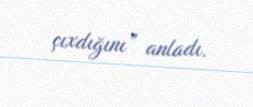
çıxdığını” anladı.